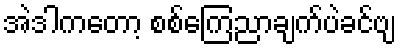
အဲဒါကတော့ စစ်ကြေညာချက်ပဲခင်ဗျ